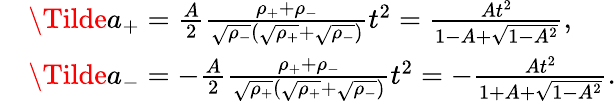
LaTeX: \begin{array}{rl}&{\Tilde{a}_{+}=\frac{A}{2}\frac{\rho_{+}+\rho_{-}}{\sqrt{\rho_{-}}(\sqrt{\rho_{+}}+\sqrt{\rho_{-}})}t^{2}=\frac{At^{2}}{1-A+\sqrt{1-A^{2}}},}\\ &{\Tilde{a}_{-}=-\frac{A}{2}\frac{\rho_{+}+\rho_{-}}{\sqrt{\rho_{+}}(\sqrt{\rho_{+}}+\sqrt{\rho_{-}})}t^{2}=-\frac{At^{2}}{1+A+\sqrt{1-A^{2}}}.}\end{array}